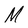
Character: M